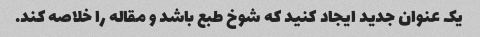
یک عنوان جدید ایجاد کنید که شوخ طبع باشد و مقاله را خلاصه کند.